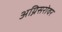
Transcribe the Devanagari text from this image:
अग्निसरोवर